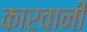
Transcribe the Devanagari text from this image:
कारवानी